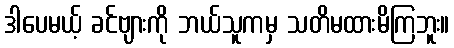
ဒါပေမယ့် ခင်ဗျားကို ဘယ်သူကမှ သတိမထားမိကြဘူး။